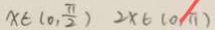
x \in ( 0 , \frac { \pi } { 2 } ) 2 x \in ( 0 \pi )